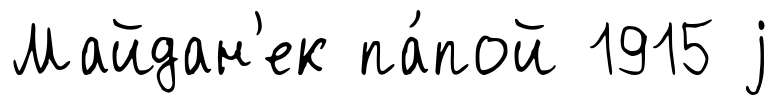
Майдан'ек па́пой 1915 j